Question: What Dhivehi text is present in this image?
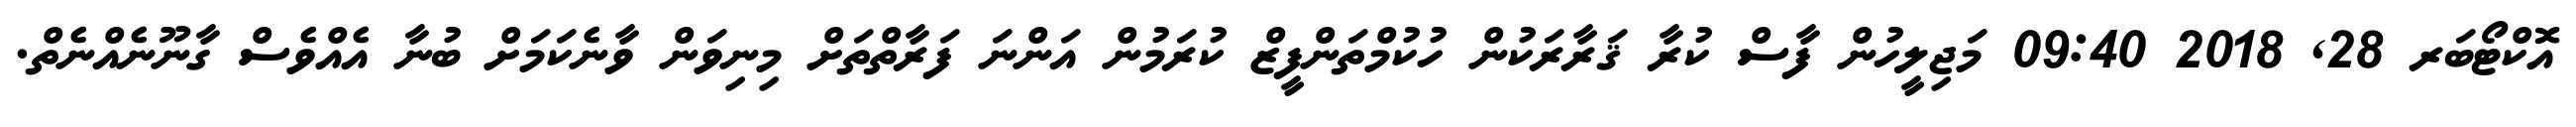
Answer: އޮކްޓޯބަރ 28, 2018 09:40 މަޖިލީހުން ފާސް ކުރާ ޤަރާރަކުން ހުކުމްތަންފީޒް ކުރަމުން އަންނަ ފަރާތްތަށް މިނިވަން ވާނެކަމަށް ބުނާ އެއްވެސް ގާނޫނެއްނެތް.